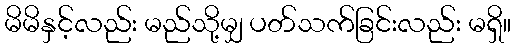
မိမိနှင့်လည်း မည်သို့မျှ ပတ်သက်ခြင်းလည်း မရှိ။